Vaccination in Burma 1920-1933 - 1920-1933
Year: 1920
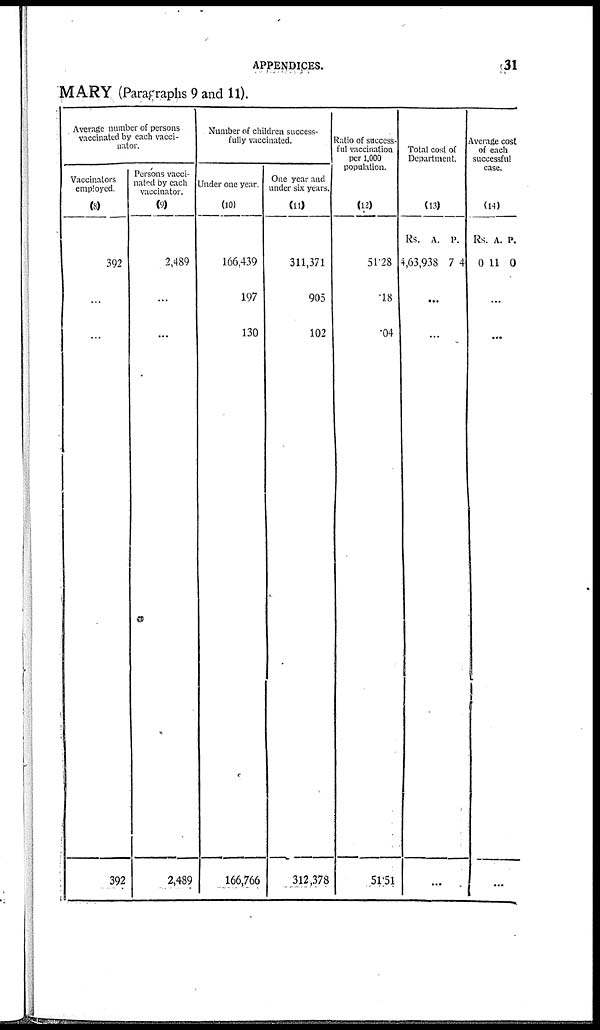
APPENDICES.
31
MARY (Paragraphs 9 and 11).
Average number of persons
vaccinated by each vacci-
nator.
Vaccinators
employed.
(8)
392
...
...
392
Persons vacci-
nated by each
vaccinator.
(9)
2,489
...
...
2,489
Number of children success-
fully vaccinated.
Under one year.
(10)
166,439
197
130
166,766
One year and
under six years.
(11)
311,371
905
102
312,378
Ratio of success-
ful vaccination
per 1,000
population.
(12)
51.28
.18
.04
51.51
Total cost of
Department.
(13)
Rs.
4,63,938
A.
7
P.
4
...
...
...
Average cost
of each
successful
case.
(14)
Rs
0
A.
11
P.
0
...
...
...